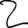
Digit: 2